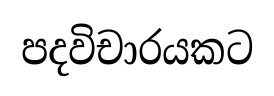
පදවිචාරයකට